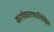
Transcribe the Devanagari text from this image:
कार्यकारणाधिष्ठित